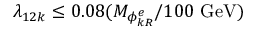
\lambda _ { 1 2 k } \leq 0 . 0 8 ( M _ { \phi _ { k R } ^ { e } } / 1 0 0 \ \mathrm { G e V } )